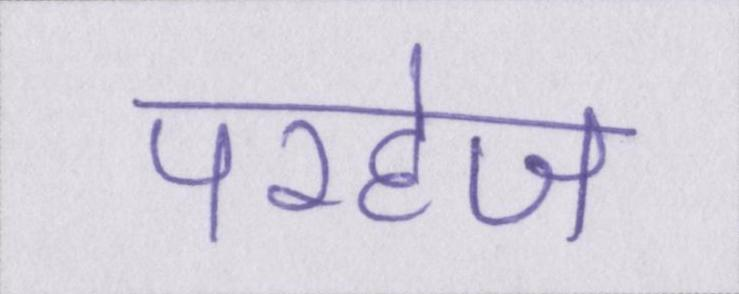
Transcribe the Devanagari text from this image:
परहेज